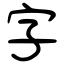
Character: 字